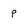
Character: p